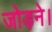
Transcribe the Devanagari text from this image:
जोड़ने।